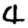
Digit: 4